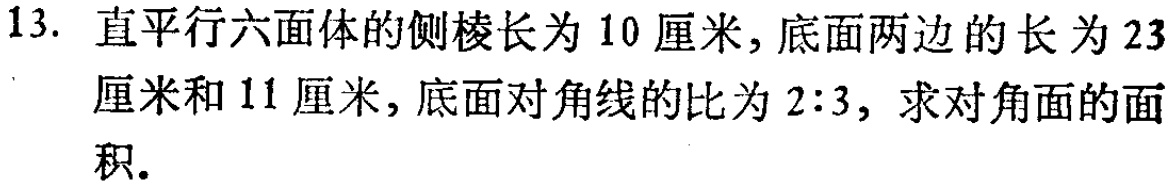
13. 直平行六面体的侧棱长为 10 厘米, 底面两边的长为 23厘米和 11 厘米, 底面对角线的比为 2:3, 求对角面的面积.